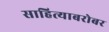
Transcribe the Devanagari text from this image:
साहित्याबरोबर